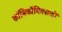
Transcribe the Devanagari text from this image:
काॅमिकॉमिक्सकों